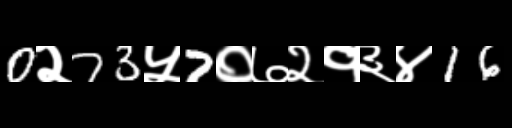
Text: 0२73५7०७२१३४16